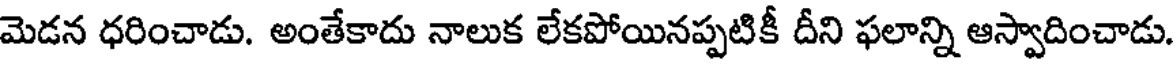
మెడన ధరించాడు. అంతేకాదు నాలుక లేకపోయినప్పటికీ దీని ఫలాన్ని ఆస్వాదించాడు.